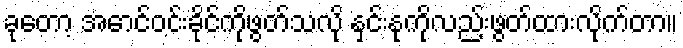
ခုတော့ အောင်ဝင်းခိုင်ကိုဖွတ်သလို နှင်းနုကိုလည်းဖွတ်ထားလိုက်တာ။